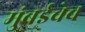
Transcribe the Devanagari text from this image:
मुंबईचेच